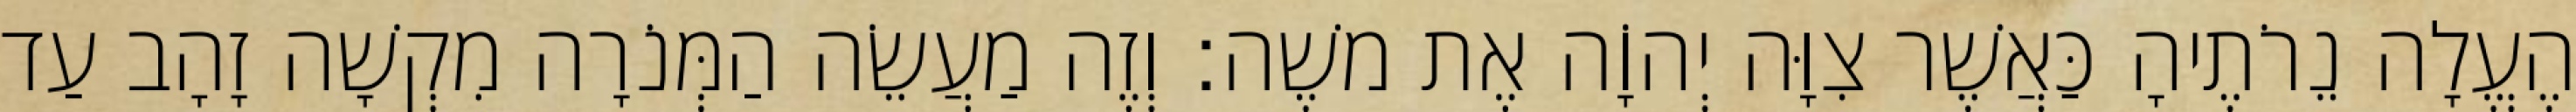
הֶעֱלָה נֵרֹתֶיהָ כַּאֲשֶׁר צִוָּה יְהוָֹה אֶת משֶׁה׃ וְזֶה מַעֲשֵׂה הַמְּנֹרָה מִקְשָׁה זָהָב עַד